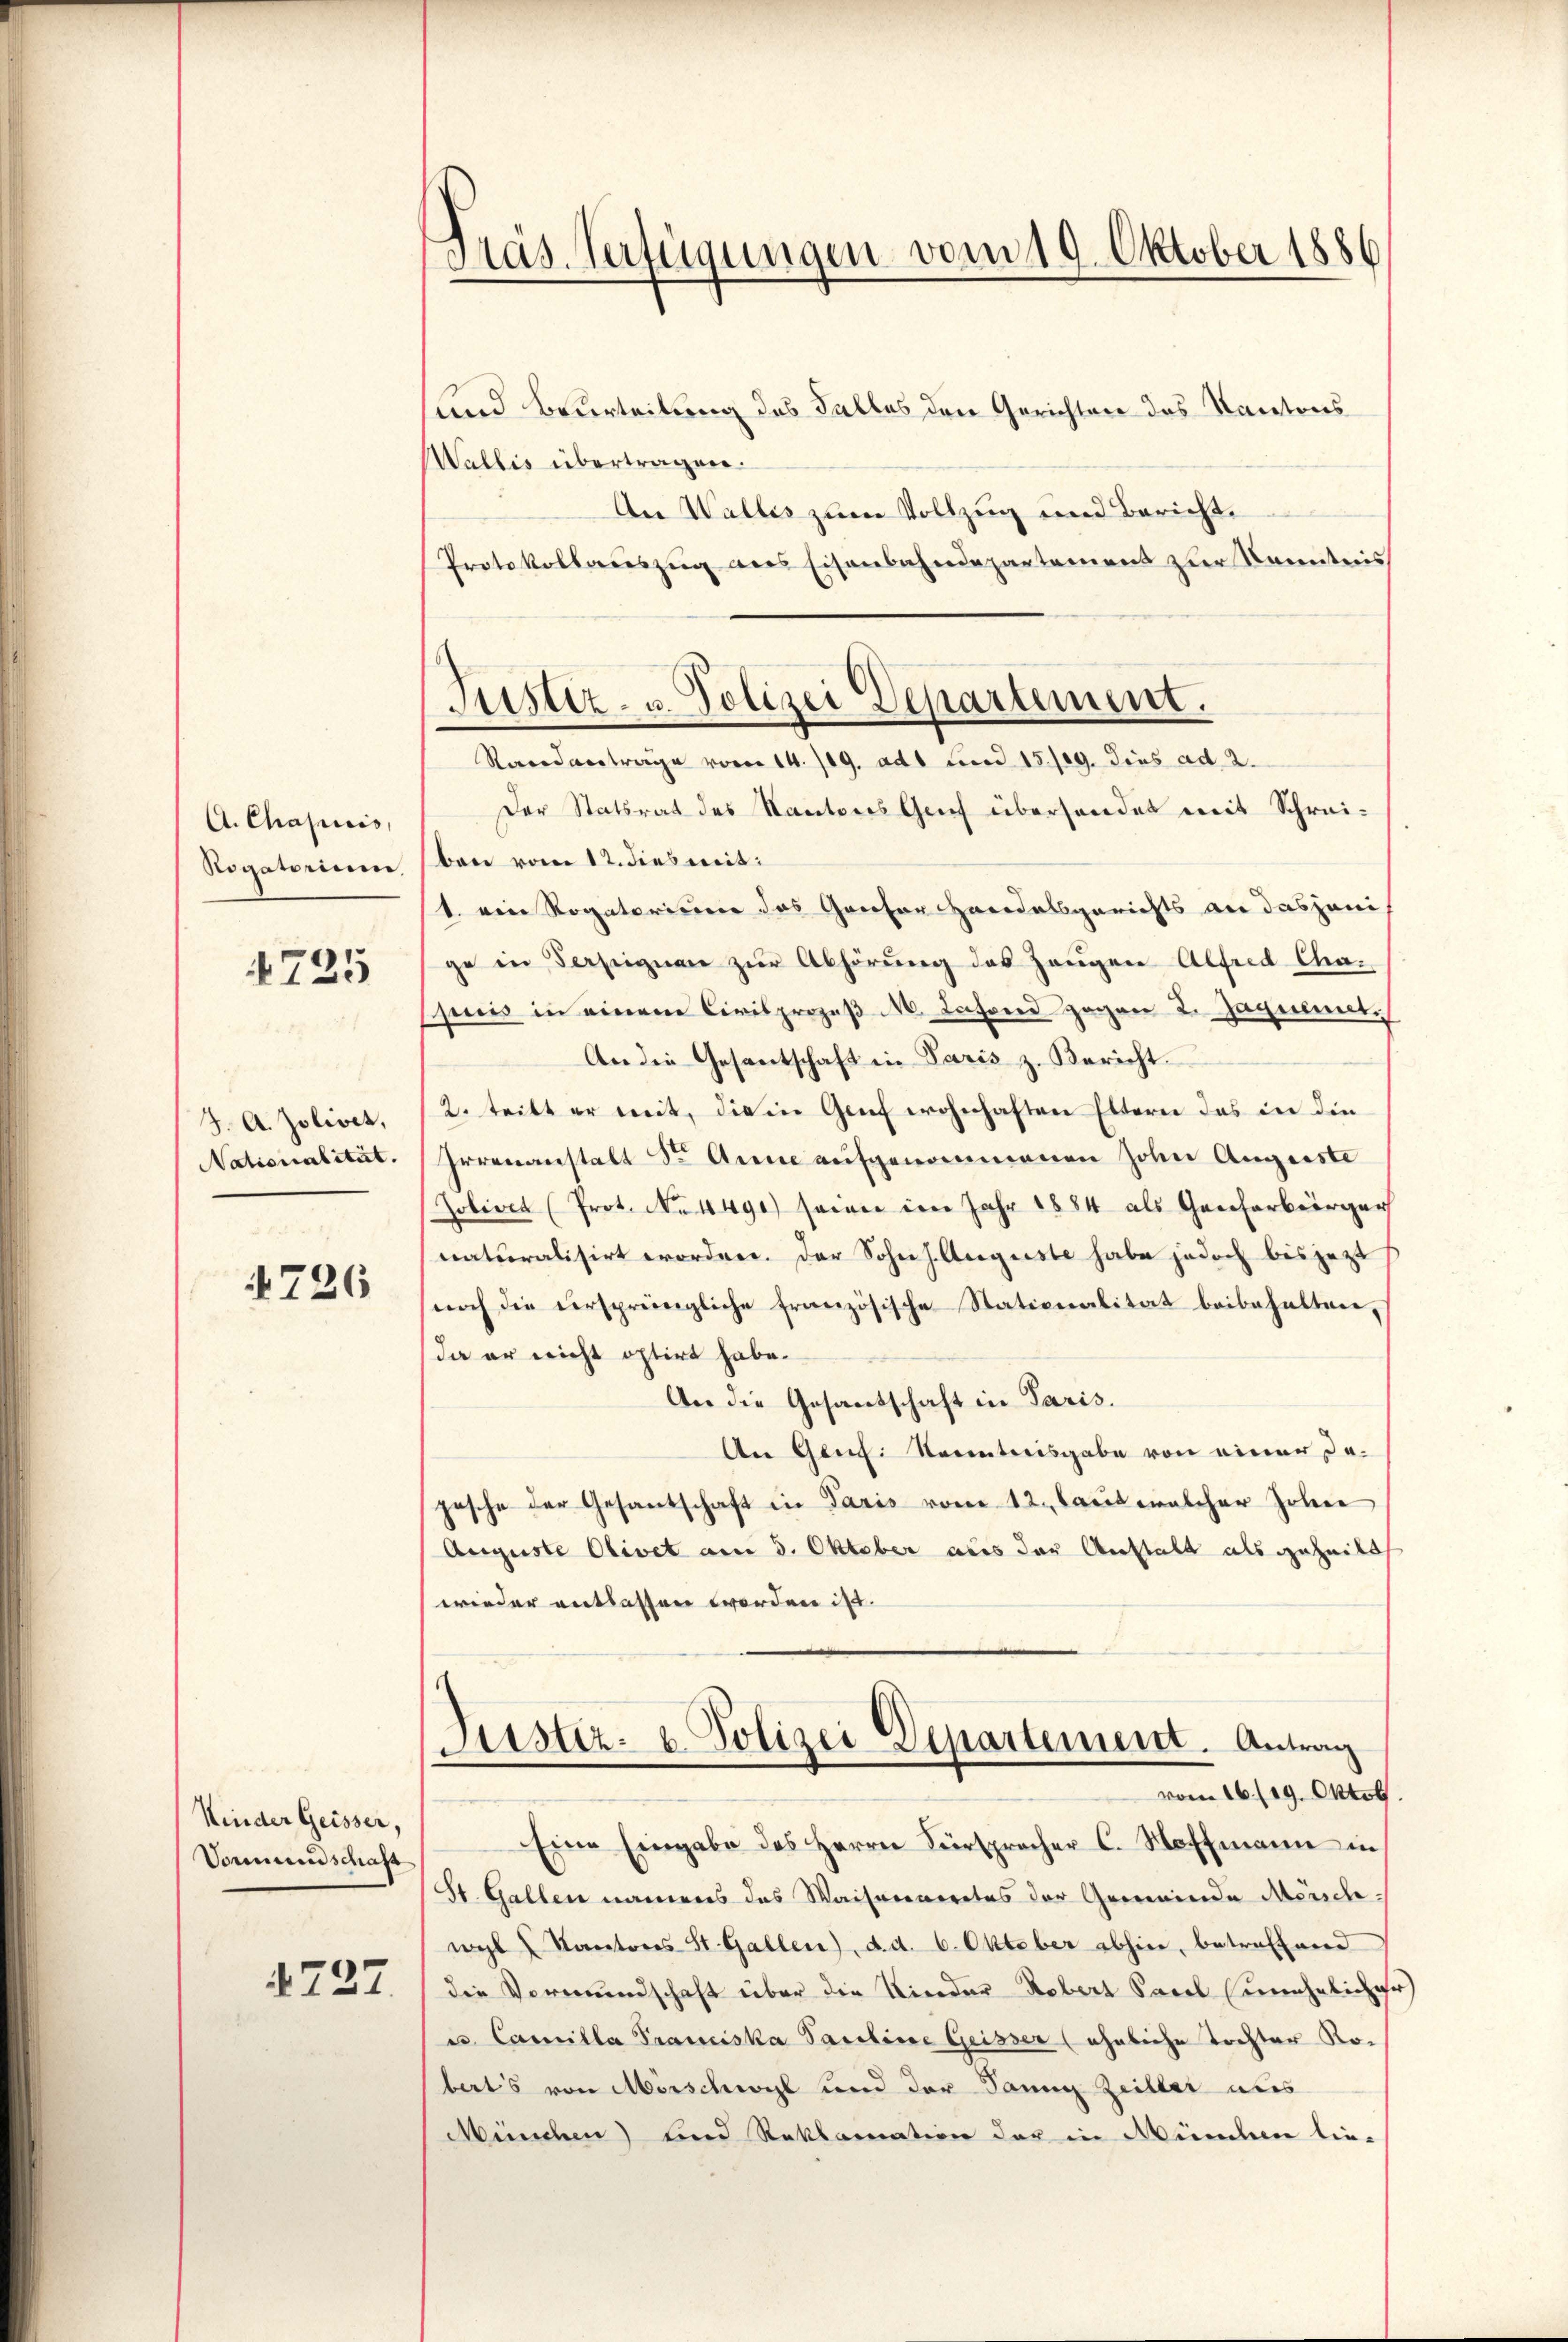
A. Chapiis,
Rogatorium.

725

J. A. Zolisch,
Nationalität.

4726

Kinder Geisser,
Vommend schaft

727

Pras. Verfügungen vom 19. Oktober 1886

und Beurteilung des Falles den Gerichten des Kantons
Wallis übertragen.
An Wallis zum Vollzug und Bericht,
Protokollauszug aus Eisenbahndepartement zur Kenntnis
Justiz- u. Polizei Departement.

Randantrage vom 14. 109. ad 1 Lord 15./29. dies ad 2.
Der Statsrat des Kantons Geich überhandet mit Schreiben vom 12. dies mit:
1. ein Rogatorisier das Ganter Heridalsgerichts an dasjeni
ge in Ferseignen zur Abhörung des Zeugen Alfred Chapuis in einem Civilprozeß M. Lafond zogen 2. Jaquent.
An die Gesantschaft in Paris z. Bericht.
2. teilt er mit, die in Genf wohnhaften Eltern das in die
Irrenanstalt Sr. Anne aufgenommenen John Angeste
Zobiret (Prot. No 14490) seien im Jahr 1884 als Gescharburger
naturalisirt worden. Der Sohn s. Auguste habe jedoch bis jetzt
noch die ursprüngliche französische Stationalität beibehalten,
da er nicht optirt habe.
An die Gesandschaft in Paris.
An Genf. Nocentreisgabe von einer da-
pesche der Gesantschaft in Paris vom 12. Laut welcher Johne
Auguste Olivet am 5. Oktober aus der Anstalt als geheilt
wieder entlassen worden ist.
Sistiz- u. Polizei Departement. Antrag
vom 16./19. Oktob.
Eine Eingabe des Herrn Fürsprocher C. Hoffmann in
St. Gallen namens des Waiserneretes der Gemeinde Mensch
wyl Kantons St. Gallen), d. d. 6. Oktober abhin, betreffend
die Vormundschaft über die Nieder Robert Sacel unehelicher
u. Camilla Tranciska Pauline Geisser (ähnliche Tochter Roberts von Mörschwyl und der Sanig Zeiller aus
München) und Reklamation das in München lie-